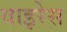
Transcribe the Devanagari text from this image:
वाइरेस